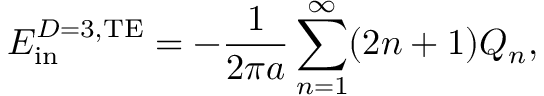
E _ { \mathrm { i n } } ^ { D = 3 , \mathrm { T E } } = - { \frac { 1 } { 2 \pi a } } \sum _ { n = 1 } ^ { \infty } ( 2 n + 1 ) Q _ { n } ,